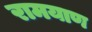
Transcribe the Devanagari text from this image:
रामयाण